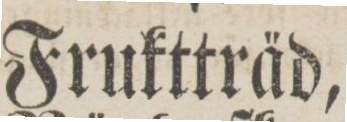
Fruktträd,